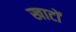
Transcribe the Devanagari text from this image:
खाटों